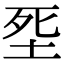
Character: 㘸